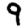
Digit: 9